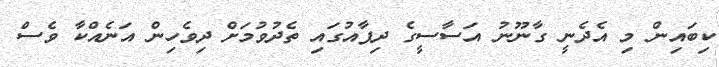
ކިބައިން މި އެދެނީ ގާނޫނު އަސާސީގެ ދިފާއުގައި ތެދުވުމަށް ދިވެހިން އަނެއްކާ ވެސް